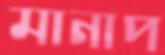
মানাপ